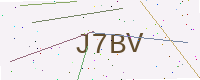
Text: J7BV